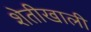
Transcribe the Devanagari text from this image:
शेतीखाली